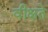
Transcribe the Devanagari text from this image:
वीक्षते